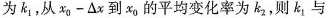
为k_{1}，从 $$x _ { 0 } - △ x$$到x_{0}的平均变化率为k_{2}，则k_{1}与